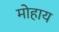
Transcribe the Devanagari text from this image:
मोहाय